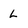
Character: L